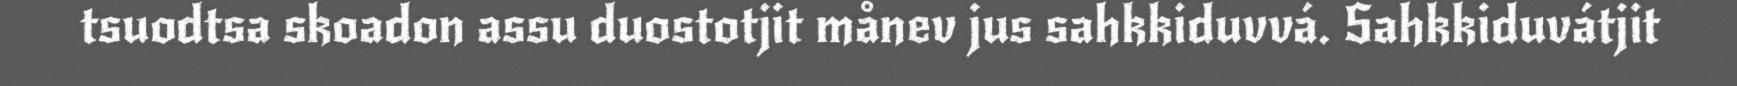
tsuodtsa skoadon assu duostotjit månev jus sahkkiduvvá. Sahkkiduvátjit